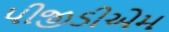
પીજીડીએમ